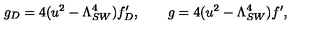
g _ { D } = 4 ( u ^ { 2 } - \Lambda _ { S W } ^ { 4 } ) f _ { D } ^ { \prime } , \qquad g = 4 ( u ^ { 2 } - \Lambda _ { S W } ^ { 4 } ) f ^ { \prime } ,